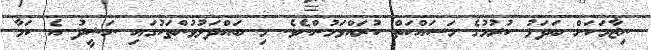
ނިޒާމަކަށް ބަދަލު ކުރުމުގެ މަސައްކަތް ކުރައްވަމުންނެވެ. މި ބައްދަލުވުންތަކުގައި ނަޝީދު އެ ކަމާ